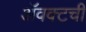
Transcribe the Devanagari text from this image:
ॲवक्टची